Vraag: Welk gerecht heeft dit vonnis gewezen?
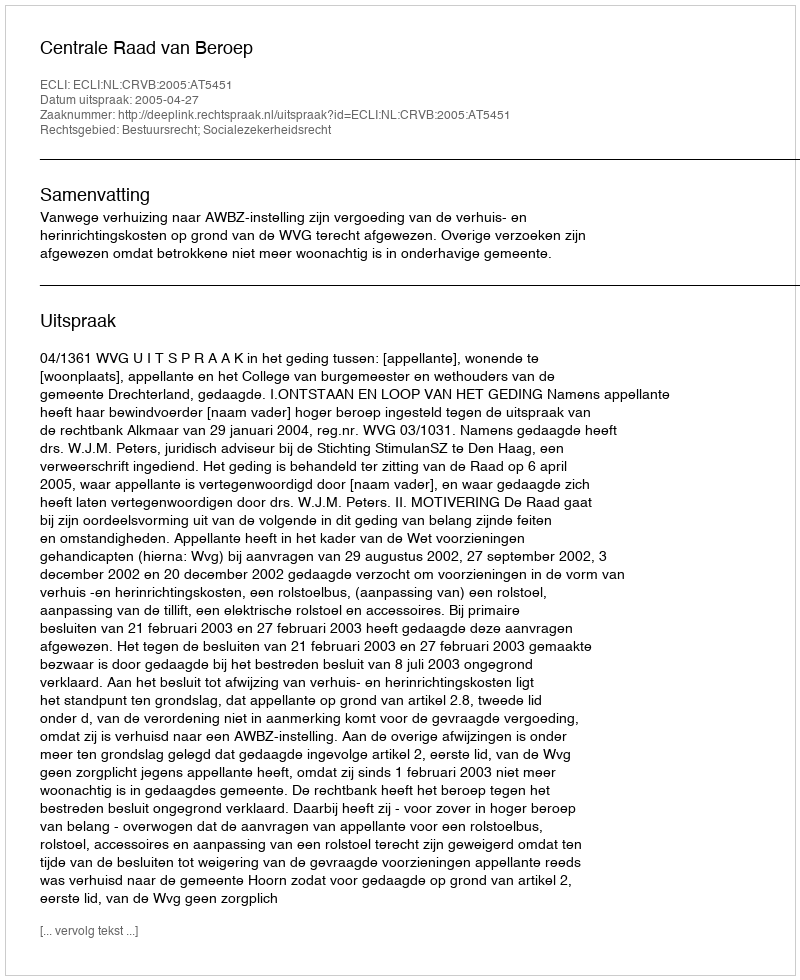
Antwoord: Centrale Raad van Beroep